Civil Veterinary Dept. North-West Frontier Province 1933-46 - 1933-1946
Year: 1933
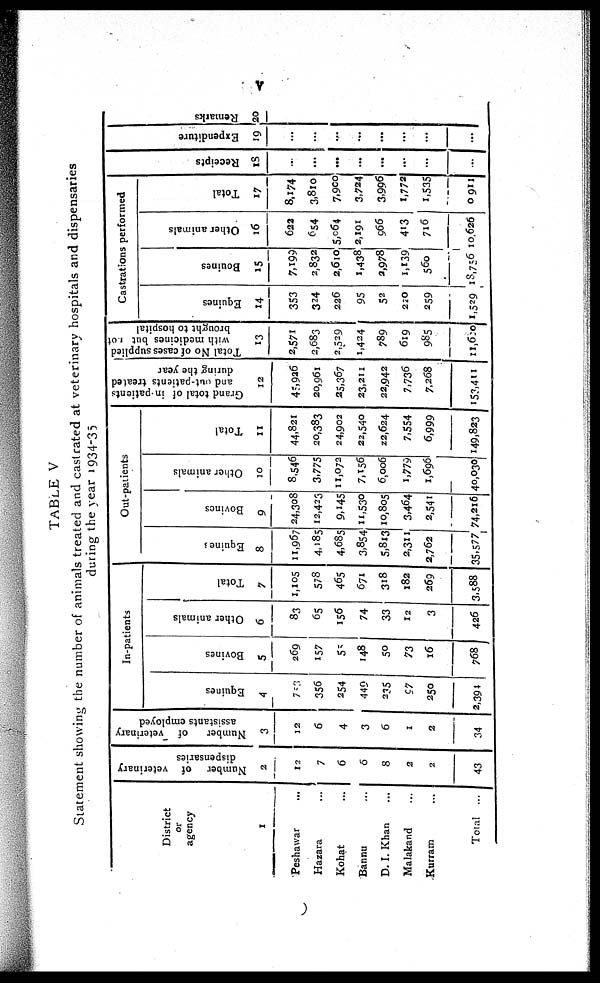
v
TABLE V
Statement showing the number of animals treated and castrated at veterinary hospitals and dispensaries
during the year 1934-35
District
or
agency
1
Peshawar
Hazara ...
Kohat ...
Bannu ...
D. I. Khan
...
Malakand ...
Kurram ...
Total ...
Number of veterinary
dispensaries
2
12
7
6
6
8
2
2
43
Number
of veterinary
assistants employed
3
12
6
4
3
6
1
2
34
In-patients
Equines
4
753
356
254
449
235
97
250
2,394
Bovines
5
269
157
55
148
50
73
16
768
Other animals
6
83
65
156
74
33
12
3
426
Total
7
1,105
578
465
671
318
182
269
3,588
Out-patients
Equines
8
11,967
4,185
4,685
3.854
5,813
2,311
2,762
35,577
Bovines
9
24,308
12,423
9,145
11,530
10,805
3,464
2,541
74,216
Other animals
10
8,546
3,775
11,072
7,156
6,006
1,779
1,696
40,030
Total
11
44,821
20,383
24,902
22,540
22,624
7,554
6,999
149,823
Grand total of in-patients
and out-patients treated
during the year
12
45,936
20,961
25,367
23,211
22,942
7,736
7,268
153,411
Total No of cases supplied
with medicines but not
brought to hospital
13
2,571
2,683
2,529
1,424
789
619
985
11,620
Castrations performed
Equines
14
353
324
226
95
52
220
259
1,529
Bouines
15
7,199
2,832
2,610
1,438
2,978
1,139
560
18,756
Other animals
16
622
654
5,064
2,191
966
413
716
10,626
Total
17
8,174
3,810
7,900
3,724
3,996
1,772
1,535
30911
Recei pt s
18
...
...
...
...
...
...
...
...
Expenditure
19
...
...
...
...
...
...
...
...
Re ma r
ks
20